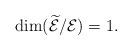
LaTeX: \begin{align*}\dim(\widetilde{\mathcal E}/\mathcal E)=1.\end{align*}